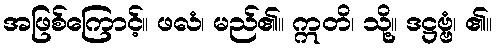
အဖြစ်ကြောင့်။ ဖလံ၊ မည်၏။ ဣတိ၊ သို့။ ဒဋ္ဌဗ္ဗံ၊ ၏။